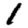
Digit: 1